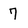
Character: 7